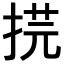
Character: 𢯥